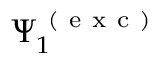
\Psi _ { 1 } ^ { \mathrm { ~ ( ~ e ~ x ~ c ~ ) ~ } }